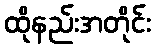
ထိုနည်းအတိုင်း